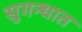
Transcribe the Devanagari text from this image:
सुगन्धात